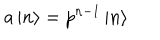
a \left| n \right\rangle = p ^ { n - 1 } \left| n \right\rangle